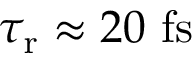
\tau _ { \mathrm { r } } \approx 2 0 ~ \mathrm { f s }